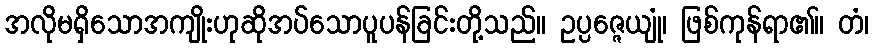
အလိုမရှိသောအကျိုးဟုဆိုအပ်သောပူပန်ခြင်းတို့သည်။ ဥပ္ပဇ္ဇေယျုံ၊ ဖြစ်ကုန်ရာ၏။ တံ၊